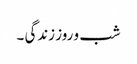
شب و روز زندگی ۔